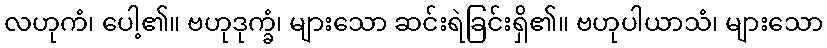
လဟုကံ၊ ပေါ့၏။ ဗဟုဒုက္ခံ၊ များသော ဆင်းရဲခြင်းရှိ၏။ ဗဟုပါယာသံ၊ များသော